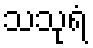
သသုရံ